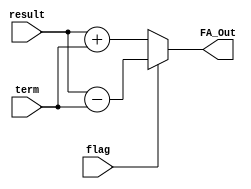
`timescale 1ns/1ns

module FA16bit(input [15:0] term, result, input flag, output [15:0] FA_Out);
	assign FA_Out = (~flag) ? (result + term): (result - term);
endmodule